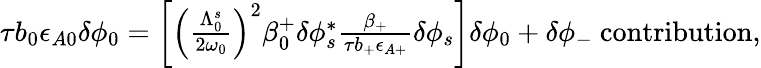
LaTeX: \begin{array}{r}{\tau b_{0}\epsilon_{A0}\delta\phi_{0}=\left[\left(\frac{\Lambda_{0}^{s}}{2\omega_{0}}\right)^{2}\beta_{0}^{+}\delta\phi_{s}^{*}\frac{\beta_{+}}{\tau b_{+}\epsilon_{A+}}\delta\phi_{s}\right]\delta\phi_{0}+\delta\phi_{-}\ \mathrm{contribution},}\end{array}